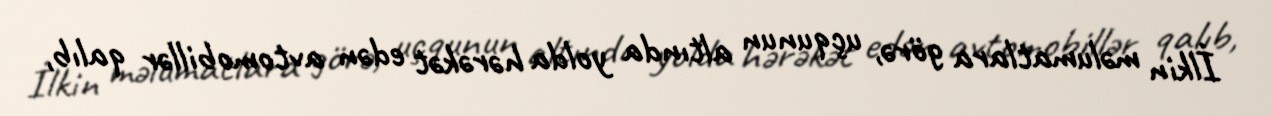
İlkin məlumatlara görə, uçqunun altında yolda hərəkət edən avtomobillər qalıb,